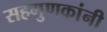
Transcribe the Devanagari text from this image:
सहगुणकांनी